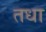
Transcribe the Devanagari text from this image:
तधा